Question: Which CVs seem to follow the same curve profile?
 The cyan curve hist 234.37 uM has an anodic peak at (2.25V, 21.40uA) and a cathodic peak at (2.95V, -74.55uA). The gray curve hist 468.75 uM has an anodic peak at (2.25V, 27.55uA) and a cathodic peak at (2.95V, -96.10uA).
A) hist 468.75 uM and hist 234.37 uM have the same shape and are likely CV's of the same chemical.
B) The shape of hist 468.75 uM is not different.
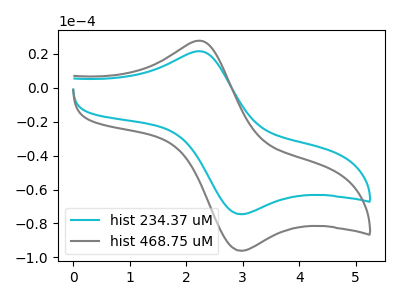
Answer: <think>All the peaks in "hist 234.37 uM" have a peak in "hist 468.75 uM" at the same potential. Every peak in "hist 234.37 uM" is lower than every peak in "hist 468.75 uM".
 </think>
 <answer>A) "hist 468.75 uM" and "hist 234.37 uM" have the same shape and are likely CV's of the same chemical.</answer>
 <eval>A</eval>